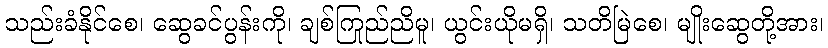
သည်းခံနိုင်စေ၊ ဆွေခင်ပွန်းကို၊ ချစ်ကြည်ညိုမူ၊ ယွင်းယိုမရှိ၊ သတိမြဲစေ၊ မျိုးဆွေတို့အား၊